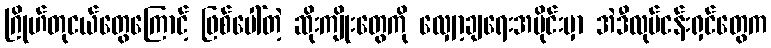
ဂြိုဟ်တုငယ်တွေကြောင့် ဖြစ်ပေါ်တဲ့ ဆိုးကျိုးတွေကို လျှော့ချရေးအပိုင်းမှာ အဲဒီလုပ်ငန်းရှင်တွေက